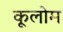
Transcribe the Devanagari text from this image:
कूलोम